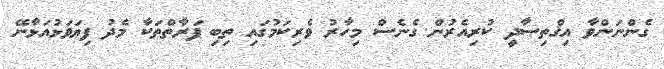
ގެންނަންވާ އިޤްތިޞާދީ ކުރިއެރުން ގެނެސް މިހާރު ވެރިކަމުގައި ތިބި ފަރާތްތަކާ މެދު ފިޔަވަޅުއަޅާނޭ